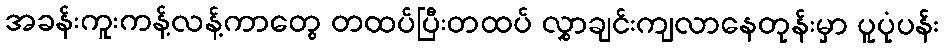
အခန်းကူးကန့်လန့်ကာတွေ တထပ်ပြီးတထပ် လွှာချင်းကျလာနေတုန်းမှာ ပူပုံပန်း